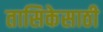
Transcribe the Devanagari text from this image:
तासिकेसाठी